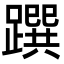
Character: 䠣